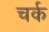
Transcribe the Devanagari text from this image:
चर्क